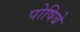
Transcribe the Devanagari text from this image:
पोषिबे